Report of the Indian Hemp Drugs Commission, 1894-1895 - Volume IV
Year: 1894
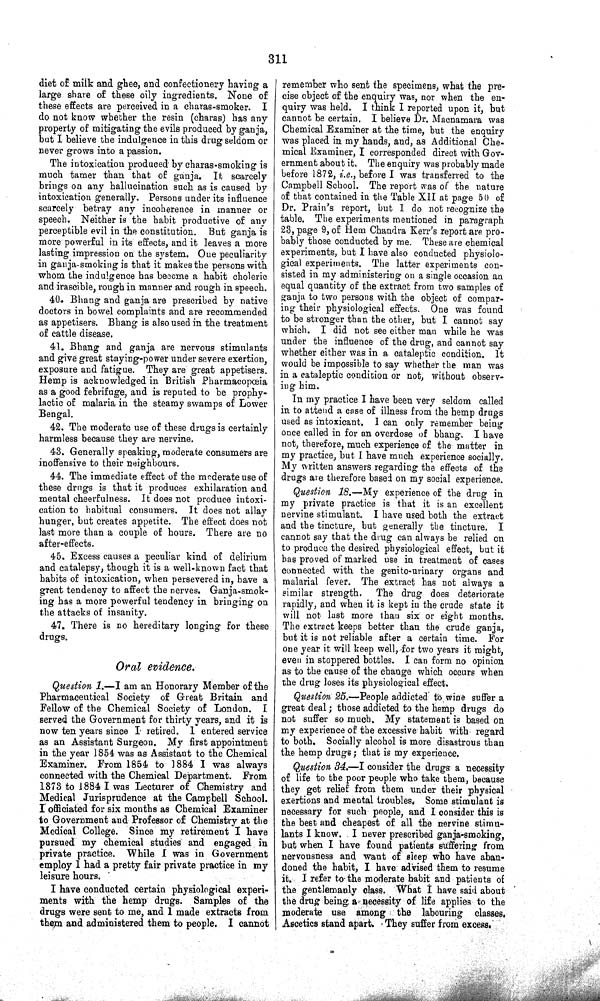
311
diet of milk and ghee, and confectionery having a
large share of these oily ingredients. None of
these effects are perceived in a charas-smoker.
I
do not know whether the resin (charas) has any
property of mitigating the evils produced by ganja,
but I believe the indulgence in this drug seldom or
never grows into a passion.
The intoxication produced by charas-smoking is
much tamer than that of ganja. It scarcely
brings on any hallucination such as is caused by
intoxication generally. Persons under its influence
scarcely betray any incoherence in manner or
speech. Neither is the habit productive of any
perceptible evil in the constitution. But ganja is
more powerful in its effects, and it leaves a more
lasting impression on the system. One peculiarity
in ganja-smoking is that it makes the persons with
whom the indulgence has become a habit choleric
and irascible, rough in manner and rough in speech.
40. Bhang and ganja are prescribed by native
doctors in bowel complaints and are recommended
as appetisers. Bhang is also used in the treatment
of cattle disease.
41. Bhang and ganja are nervous stimulants
and give great staying-power under severe exertion,
exposure and fatigue. They are great appetisers.
Hemp is acknowledged in British Pharmacopœia
as a good febrifuge, and is reputed to be prophy-
lactic of malaria in the steamy swamps of Lower
Bengal.
42. The moderate use of these drugs is certainly
harmless because they are nervine.
43. Generally speaking, moderate consumers are
inoffensive to their neighbours.
44. The immediate effect of the moderate use of
these drugs is that it produces exhilaration and
mental cheerfulness. It does not produce intoxi-
cation to habitual consumers. It does not allay
hunger, but creates appetite. The effect does not
last more than a couple of hours. There are no
after-effects.
45. Excess causes a peculiar kind of delirium
and catalepsy, though it is a well-known fact that
habits of intoxication, when persevered in, have a
great tendency to affect the nerves. Ganja-smok-
ing has a more powerful tendency in bringing on
the attacks of insanity.
47. There is no hereditary longing for these
drugs.
Oral
evidence.
Question 1. —I am an Honorary Member of the
Pharmaceutical Society of Great Britain and
Fellow of the Chemical Society of London. I
served the Government for thirty years, and it is
now ten years since I retired. I entered service
as an Assistant Surgeon. My first appointment
in the year 1854 was as Assistant to the Chemical
Examiner. From 1854 to 1884 I was always
connected with the Chemical Department. From
1873 to 1884 I was Lecturer of Chemistry and
Medical Jurisprudence at the Campbell School.
I officiated for six months as Chemical Examiner
to Government and Professor of Chemistry at the
Medical College. Since my retirement I have
pursued my chemical studies and engaged in
private practice. While I was in Government
employ I had a pretty fair private practice in my
leisure hours.
I have conducted certain physiological experi-
ments with the hemp drugs. Samples of the
drugs were sent to me, and I made extracts from
them and administered them to people. I cannot
remember who sent the specimens, what the pre-
cise object of the enquiry was, nor when the en-
quiry was held. I think I reported upon it, but
cannot be certain. I believe Dr. Macnamara was
Chemical Examiner at the time, but the enquiry
was placed in my hands, and, as Additional Che-
mical Examiner, I corresponded direct with Gov-
ernment about it. The enquiry was probably made
before 1872, i.e., before I was transferred to the
Campbell School. The report was of the nature
of that contained in the Table XII at page 50 of
Dr. Prain's report, but I do not recognize the
table. The experiments mentioned in paragraph
23, page 9, of Hem Chandra Kerr's report are pro-
bably those conducted by me. These are chemical
experiments, but I have also conducted physiolo-
gical experiments. The latter experiments con-
sisted in my administering on a single occasion an
equal quantity of the extract from two samples of
ganja to two persons with the object of compar-
ing their physiological effects. One was found
to be stronger than the other, but I cannot say
which. I did not see either man while he was
under the influence of the drug, and cannot say
whether either was in a cataleptic condition. It
would be impossible to say whether the man was
in a cataleptic condition or not, without observ-
ing him.
In my practice I have been very seldom called
in to attend a case of illness from the hemp drugs
used as intoxicant. I can only remember being
once called in for an overdose of bhang. I have
not, therefore, much experience of the matter in
my practice, but I have much experience socially.
My written answers regarding the effects of the
drugs are therefore based on my social experience.
Question 18.—My experience of the drug in
my private practice is that it is an excellent
nervine stimulant. I have used both the extract
and the tincture, but generally the tincture. I
cannot say that the drug can always be relied on
to produce the desired physiological effect, but it
has proved of marked use in treatment of cases
connected with the genito-urinary organs and
malarial fever. The extract has not always a
similar strength. The drug does deteriorate
rapidly, and when it is kept in the crude state it
will not last more than six or eight months.
The extract keeps better than the crude ganja,
but it is not reliable after a certain time. For
one year it will keep well, for two years it might,
even in stoppered bottles. I can form no opinion
as to the cause of the change which occurs when
the drug loses its physiological effect.
Question 25.—People addicted to wine suffer a
great deal; those addicted to the hemp drugs do
not suffer so much. My statement is based on
my experience of the excessive habit with regard
to both. Socially alcohol is more disastrous than
the hemp drugs; that is my experience.
Question 34.—I consider the drugs a necessity
of life to the poor people who take them, because
they get relief from them under their physical
exertions and mental troubles. Some stimulant is
necessary for such people, and I consider this is
the best and cheapest of all the nervine stimu-
lants I know. I never prescribed ganja-smoking,
but when I have found patients suffering from
nervousness and want of sleep who have aban-
doned the habit, I have advised them to resume
it. I refer to the moderate habit and patients of
the gentlemanly class. What I have said about
the drug being a necessity of life applies to the
moderate use among the labouring classes.
Ascetics stand apart. They suffer from excess.